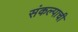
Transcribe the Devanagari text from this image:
संकल्पाची